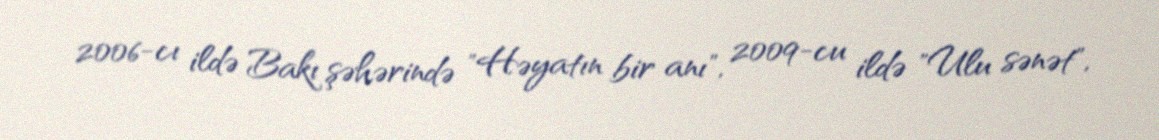
2006-cı ildə Bakı şəhərində "Həyatın bir anı", 2009-cu ildə "Ulu sənət",